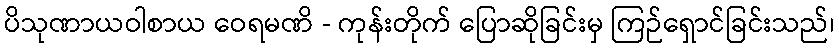
ပိသုဏာယဝါစာယ ဝေရမဏိ - ကုန်းတိုက် ပြောဆိုခြင်းမှ ကြဉ်ရှောင်ခြင်းသည်၊